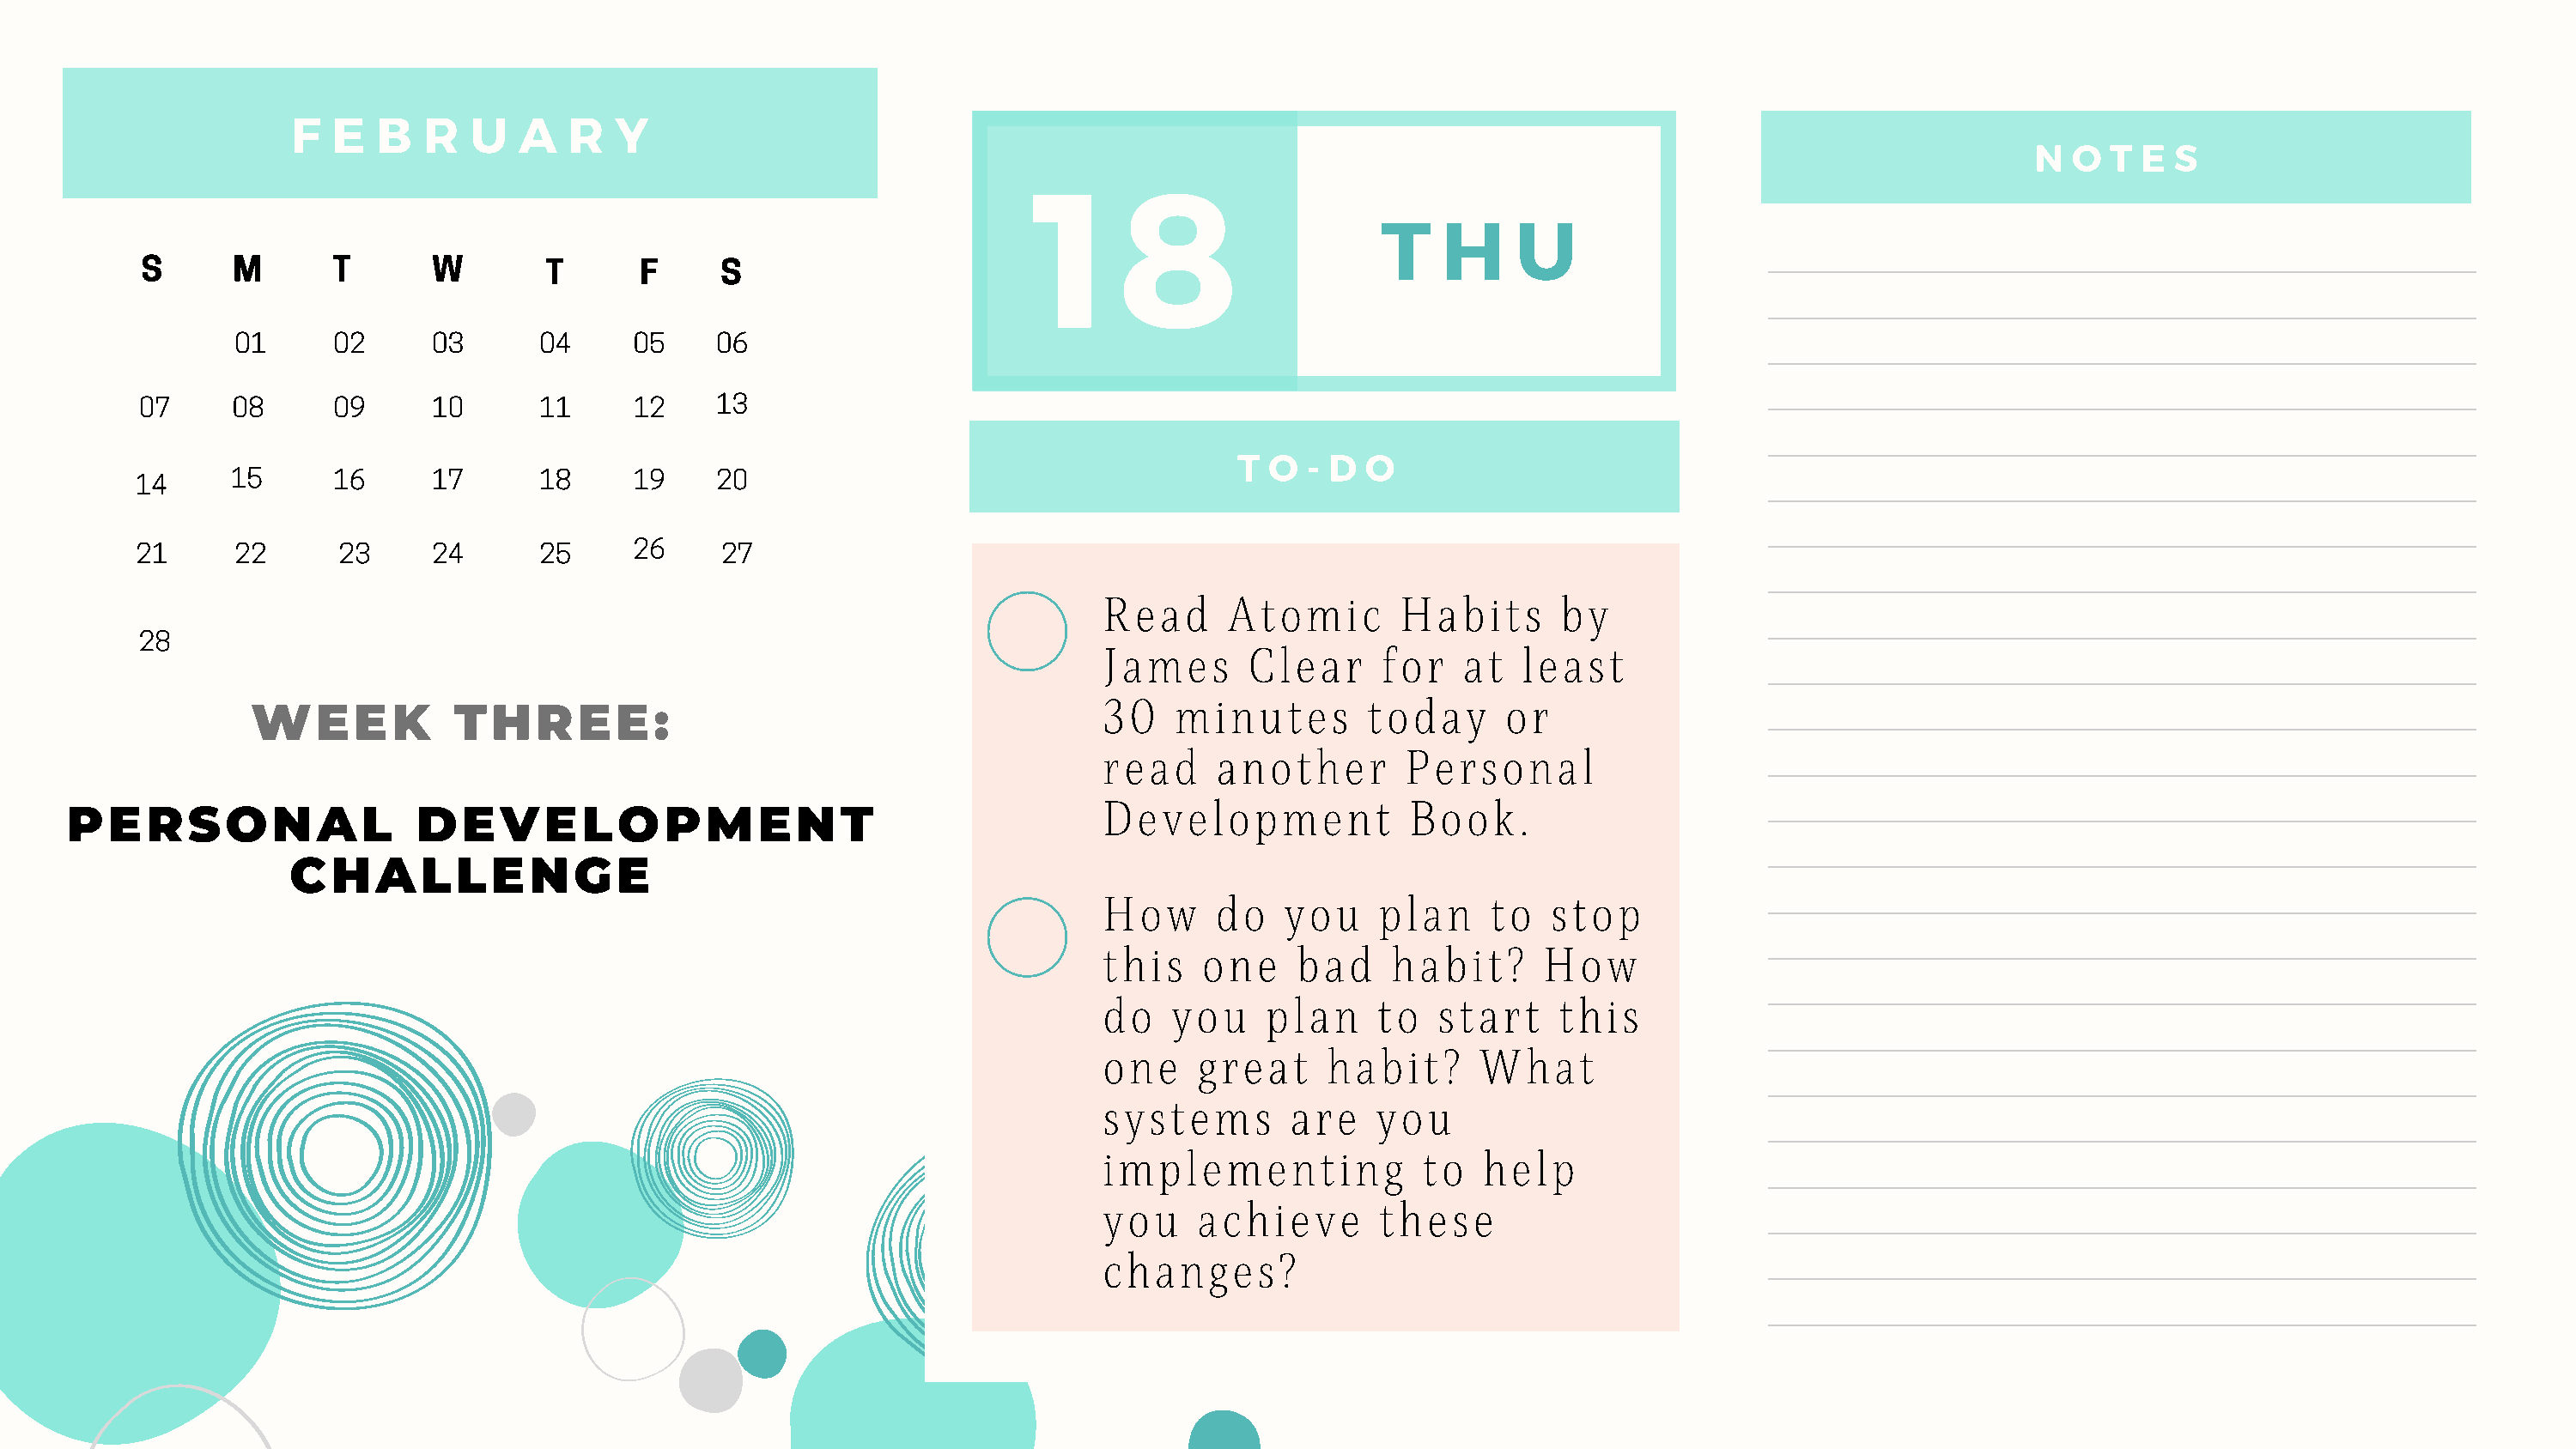
F   E  B   R  U   A   R  Y
 1     8                                                                      N  O  T E  S
 T    H     U
 S      M       T      W        T      F      S
 01      02     03       04     05    06
 07     08      09     10       11     12    13
 T  O  - D O
 14      15      16     17       18     19    20
 21      22      23     24       25     26     27
 Read      Atomic       Habits      by
 28
 James      Clear      for   at  least
 30    minutes       today      or
 WEEK            THREE:
 read     another       Personal
 Development             Book.
 PERSONAL                   DEVELOPMENT
 CHALLENGE
 How      do   you    plan     to   stop
 this    one    bad    habit?      How
 do   you     plan    to   start    this
 one    great     habit?      What
 systems       are    you
 implementing             to  help
 you    achieve       these
 changes?